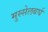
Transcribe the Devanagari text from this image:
मुस्सेलबर्घ